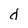
Character: d